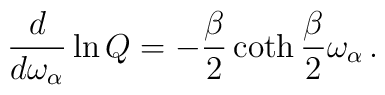
{d\over d\omega_\alpha} \ln Q = -{\beta\over 2}\coth{\beta\over 2}\omega_\alpha\,.